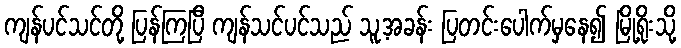
ကျန်ပင်သင်တို့ ပြန်ကြပြီ ကျန်သင်ပင်သည် သူ့အခန်း ပြတင်းပေါက်မှနေ၍ မြို့ရိုးသို့